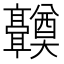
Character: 𬴤